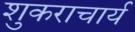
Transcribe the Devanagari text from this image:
शुकराचार्य